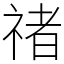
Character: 禇